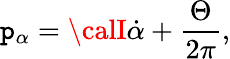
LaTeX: \mathtt{p}_{\alpha}={\calI}\dot{{\alpha}}+\frac{{\Theta}}{{2\pi}},